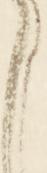
く